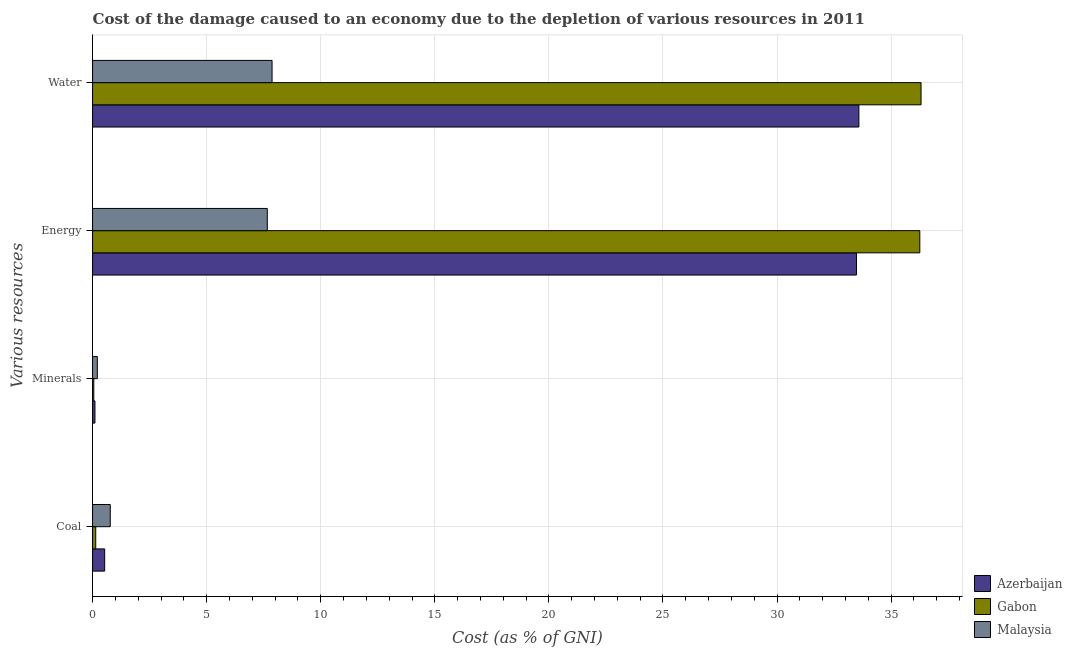
| Various resources | Azerbaijan | Gabon | Malaysia |
 | --- | --- | --- | --- |
 | Coal | 0.531 | 0.139 | 0.775 |
 | Minerals | 0.105 | 0.054 | 0.209 |
 | Energy | 33.5 | 36.3 | 7.66 |
 | Water | 33.6 | 36.3 | 7.87 |